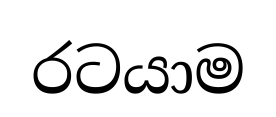
රටයාම